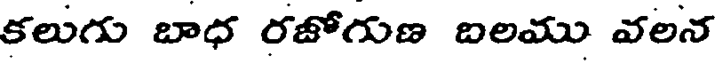
కలుగు బాధ రజోగుణ బలము వలన